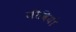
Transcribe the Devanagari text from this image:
जीवियो